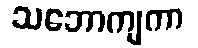
သဘောကျကာ